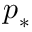
\boldsymbol { p } _ { \ast }